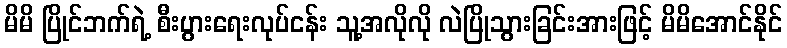
မိမိ ပြိုင်ဘက်ရဲ့ စီးပွားရေးလုပ်ငန်း သူ့အလိုလို လဲပြိုသွားခြင်းအားဖြင့် မိမိအောင်နိုင်